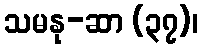
သမနု-ဆာ (၃၇)၊